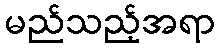
မည်သည့်အရာ